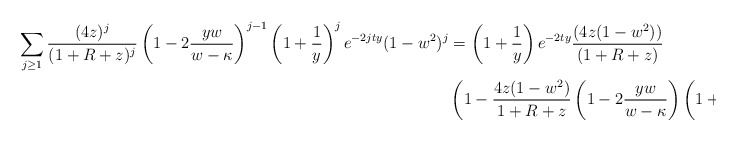
\begin{align*}\sum_{j \geq 1}\frac{(4z)^j}{(1+R+z)^j}\left(1-2\frac{yw}{w-\kappa}\right)^{j-1}\left(1+\frac{1}{y}\right)^{j}e^{-2jty}(1-w^2)^j &= \left(1+\frac{1}{y}\right)e^{-2ty}\frac{(4z(1-w^2))}{(1+R+z)}\\& \left(1-\frac{4z(1-w^2)}{1+R+z}\left(1-2\frac{yw}{w-\kappa}\right)\left(1+\frac{1}{y}\right)e^{-2ty}\right)^{-1}.\end{align*}